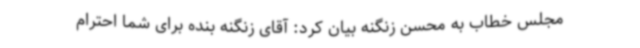
مجلس خطاب به محسن زنگنه بیان کرد: آقای زنگنه بنده برای شما احترام